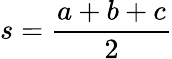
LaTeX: s={\frac{a+b+c}{2}}